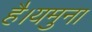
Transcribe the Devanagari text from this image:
है।यमुना